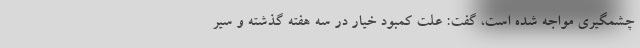
چشمگیری مواجه شده است، گفت: علت کمبود خیار در سه هفته گذشته و سیر